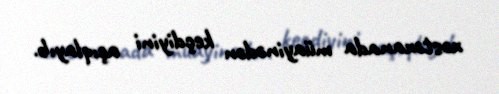
xəstəxanada müayinədən keçdiyini açıqlayıb.